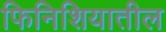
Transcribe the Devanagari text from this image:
फिनिशियातील